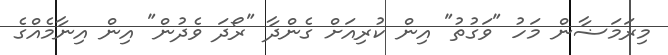
މިރަމަޟާން މަހު "ވަގުތު" އިން ކުރިއަށް ގެންދާ "ރޯދަ ވެދުން" އިން އިނާމެއްގެ